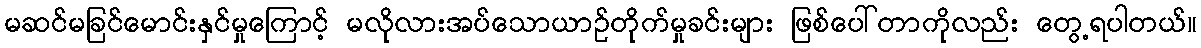
မဆင်မခြင်မောင်းနှင်မှုကြောင့် မလိုလားအပ်သောယာဉ်တိုက်မှုခင်းများ ဖြစ်ပေါ်တာကိုလည်း တွေ့ရပါတယ်။